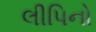
લીપિનો